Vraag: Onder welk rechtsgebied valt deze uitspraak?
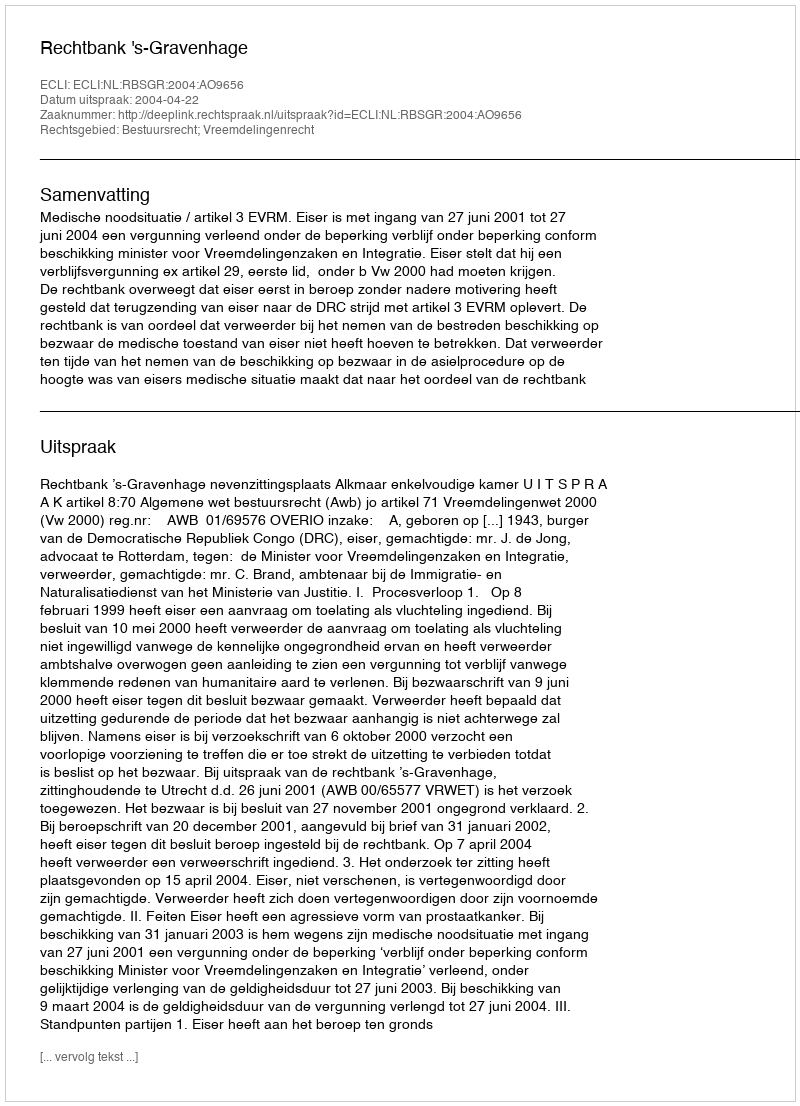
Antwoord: Bestuursrecht; Vreemdelingenrecht